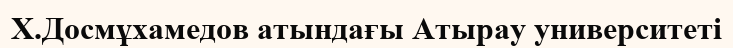
Х.Досмұхамедов атындағы Атырау университеті